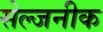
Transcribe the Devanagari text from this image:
सेल्जनीक